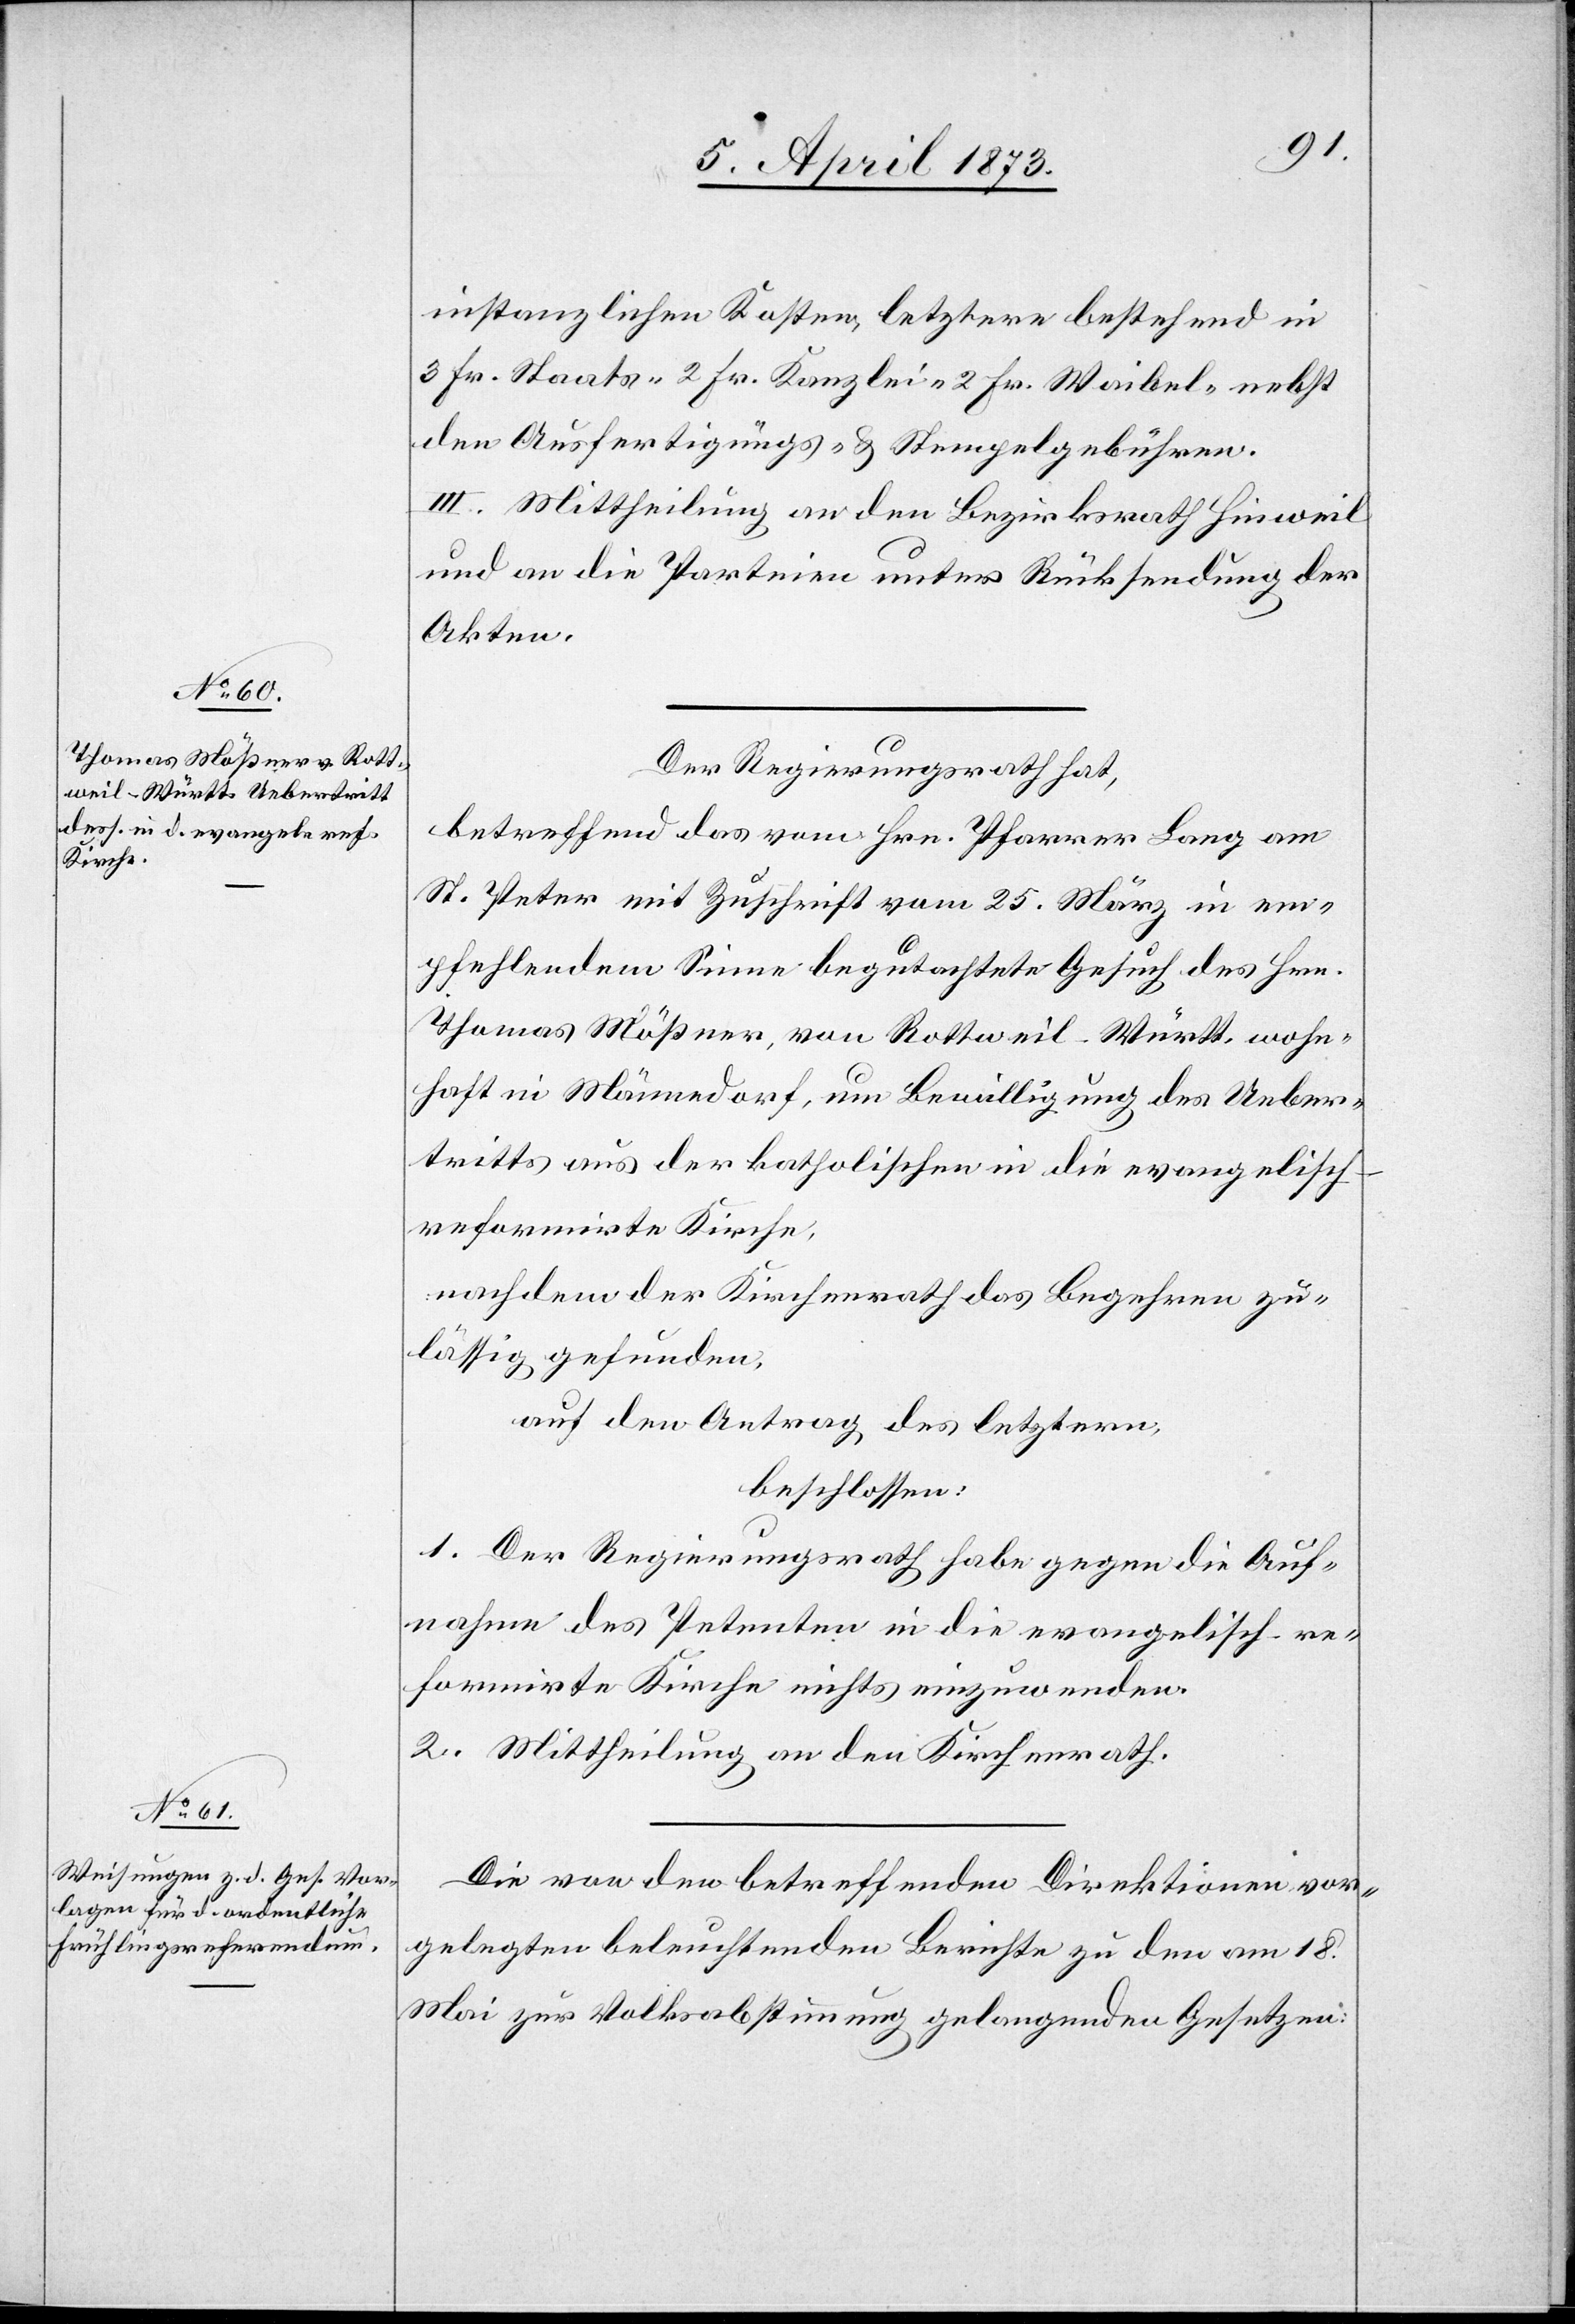
instanzlichen Kosten, letztere bestehend in
3 Fr. Staats- 2 Fr. Kanzlei- 2 Fr. Waibel- nebst
den Ausfertigungs- & Stempelgebühren.
III. Mittheilung an den Bezirksrath Hinweil
und an die Parteien unter Rücksendung der
Akten.
Der Regierungsrath hat,
betreffend das vom Hrn. Pfarrer Lang am
St. Peter mit Zuschrift vom 25. März in em¬
pfehlendem Sinne begutachtete Gesuch des Hrn.
Thomas Mößner, von Rothweil-Württ. wohn¬
haft in Männedorf, um Bewilligung des Ueber¬
tritts aus der katholischen in die evangelisch-r¬
eformirte Kirche,
nachdem der Kirchenrath das Begehren zu¬
lässig gefunden,
auf den Antrag des letztern,
beschlossen:
1. Der Regierungsrath habe gegen die Auf¬
nahme des Petenten in die evangelisch-re¬
formirte Kirche nichts einzuwenden.
2. Mittheilung an den Kirchenrath.
Die von den betreffenden Direktionen vor¬
gelegten beleuchtenden Berichte zu den am 18.
Mai zur Volksabstimmung gelangenden Gesetzen: